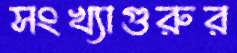
সংখ্যাগুরুর